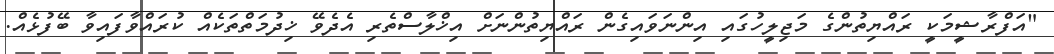
"އަފްރާޝީމަކީ ރައްޔިތުންގެ މަޖިލީހުގައި އިންނަވައިގެން ރައްޔިތުންނަށް އިޚްލާސްތެރި އެދެވޭ ޚިދުމަތްތަކެއް ކުރައްވާފައިވާ ބޭފުޅެއް.